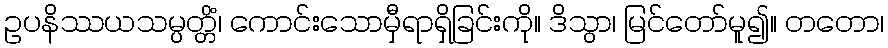
ဥပနိဿယသမ္ပတ္တိံ၊ ကောင်းသောမှီရာရှိခြင်းကို။ ဒိသွာ၊ မြင်တော်မူ၍။ တတော၊